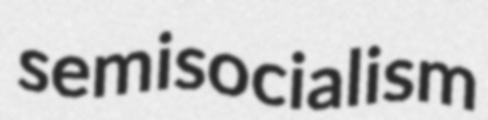
semisocialism